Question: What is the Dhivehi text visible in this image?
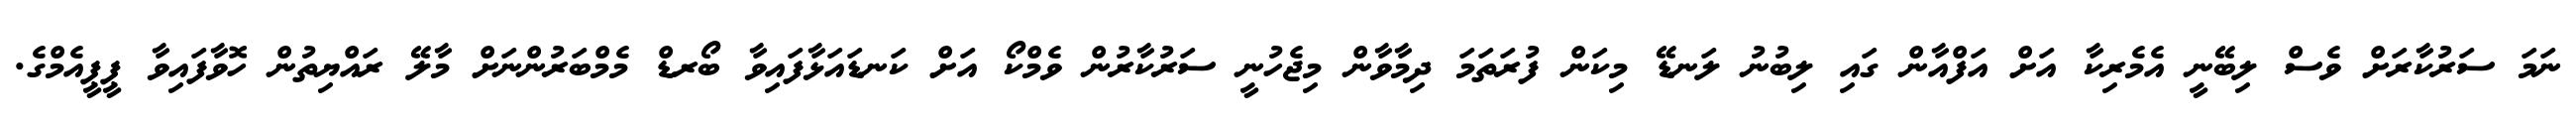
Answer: ނަމަ ސަރުކާރަށް ވެސް ލިބޭނީ އެމެރިކާ އަށް އަފްއާން ގައި ލިބުނު ލަނޑޭ މިކަން ފުރަތަމަ ދިމާވާން މިޖެހުނީ ސަރުކާރުން ވެމްކޯ އަށް ކަނޑައަޅާފައިވާ ބޯރޑް މެމްބަރުންނަށް މާލޭ ރައްޔިތުން ހޮވާފައިވާ ޕީޕީއެމްގެ.